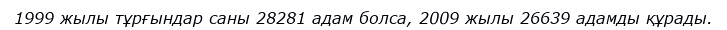
1999 жылы тұрғындар саны 28281 адам болса, 2009 жылы 26639 адамды құрады.